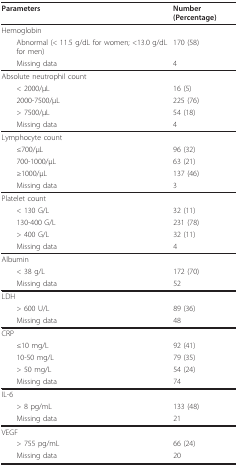
<table><thead><tr><td><b>Parameters</b></td><td><b>Number (Percentage)</b></td></tr></thead><tbody><tr><td>Hemoglobin</td><td></td></tr><tr><td> Abnormal (&lt; 11.5 g/dL for women; &lt;13.0 g/dL for men)</td><td>170 (58)</td></tr><tr><td> Missing data</td><td>4</td></tr><tr><td>Absolute neutrophil count</td><td></td></tr><tr><td> &lt; 2000/μL</td><td>16 (5)</td></tr><tr><td> 2000-7500/μL</td><td>225 (76)</td></tr><tr><td> &gt; 7500/μL</td><td>54 (18)</td></tr><tr><td> Missing data</td><td>4</td></tr><tr><td>Lymphocyte count</td><td></td></tr><tr><td> ≤700/μL</td><td>96 (32)</td></tr><tr><td> 700-1000/μL</td><td>63 (21)</td></tr><tr><td> ≥1000/μL</td><td>137 (46)</td></tr><tr><td> Missing data</td><td>3</td></tr><tr><td>Platelet count</td><td></td></tr><tr><td> &lt; 130 G/L</td><td>32 (11)</td></tr><tr><td> 130-400 G/L</td><td>231 (78)</td></tr><tr><td> &gt; 400 G/L</td><td>32 (11)</td></tr><tr><td> Missing data</td><td>4</td></tr><tr><td>Albumin</td><td></td></tr><tr><td> &lt; 38 g/L</td><td>172 (70)</td></tr><tr><td> Missing data</td><td>52</td></tr><tr><td>LDH</td><td></td></tr><tr><td> &gt; 600 U/L</td><td>89 (36)</td></tr><tr><td> Missing data</td><td>48</td></tr><tr><td>CRP</td><td></td></tr><tr><td> ≤10 mg/L</td><td>92 (41)</td></tr><tr><td> 10-50 mg/L</td><td>79 (35)</td></tr><tr><td> &gt; 50 mg/L</td><td>54 (24)</td></tr><tr><td> Missing data</td><td>74</td></tr><tr><td>IL-6</td><td></td></tr><tr><td> &gt; 8 pg/mL</td><td>133 (48)</td></tr><tr><td> Missing data</td><td>21</td></tr><tr><td>VEGF</td><td></td></tr><tr><td> &gt; 755 pg/mL</td><td>66 (24)</td></tr><tr><td> Missing data</td><td>20</td></tr></tbody></table>